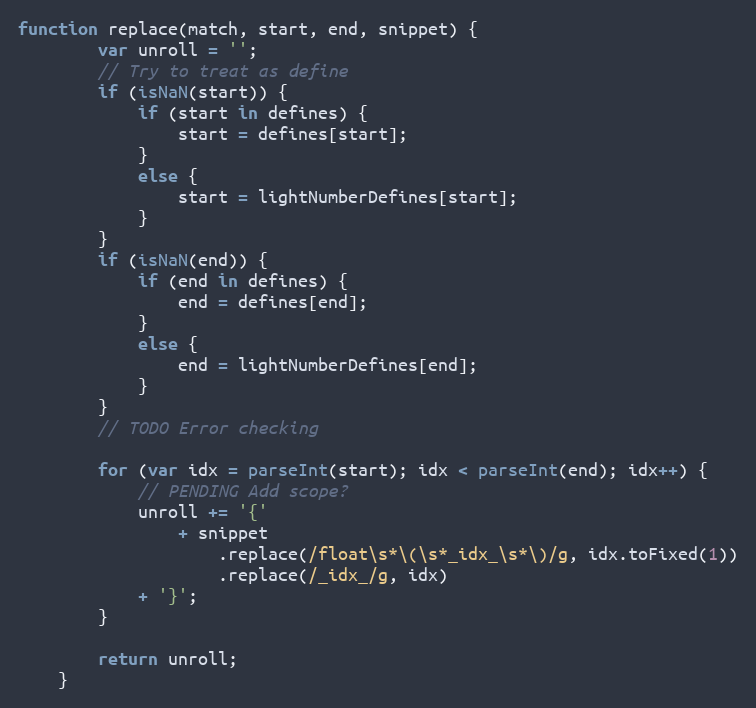
Language: JavaScript
function replace(match, start, end, snippet) {
        var unroll = '';
        // Try to treat as define
        if (isNaN(start)) {
            if (start in defines) {
                start = defines[start];
            }
            else {
                start = lightNumberDefines[start];
            }
        }
        if (isNaN(end)) {
            if (end in defines) {
                end = defines[end];
            }
            else {
                end = lightNumberDefines[end];
            }
        }
        // TODO Error checking

        for (var idx = parseInt(start); idx < parseInt(end); idx++) {
            // PENDING Add scope?
            unroll += '{'
                + snippet
                    .replace(/float\s*\(\s*_idx_\s*\)/g, idx.toFixed(1))
                    .replace(/_idx_/g, idx)
            + '}';
        }

        return unroll;
    }